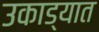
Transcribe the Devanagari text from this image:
उकाड्यात